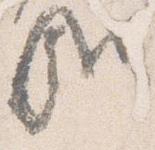
哉